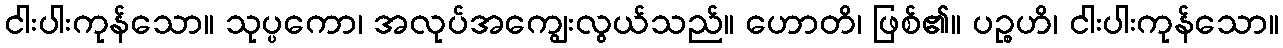
ငါးပါးကုန်သော။ သုပ္ပကော၊ အလုပ်အကျွေးလွယ်သည်။ ဟောတိ၊ ဖြစ်၏။ ပဉ္စဟိ၊ ငါးပါးကုန်သော။